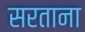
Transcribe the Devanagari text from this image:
सरताना